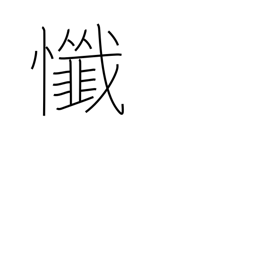
Meaning: repent